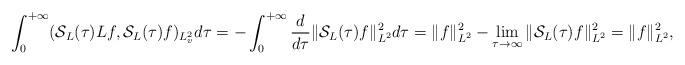
LaTeX: \begin{align*}\int_0^{+\infty} (\mathcal{S}_L(\tau ) L f, \mathcal{S}_L(\tau) f )_{L^2_v} d\tau = -\int_0^{+\infty} \frac d {d\tau} \Vert \mathcal{S}_L(\tau) f \Vert_{L^2}^2 d\tau = \Vert f \Vert_{L^2}^2-\lim_{\tau \to \infty} \Vert \mathcal{S}_L(\tau) f \Vert_{L^2}^2 = \Vert f \Vert_{L^2}^2,\end{align*}